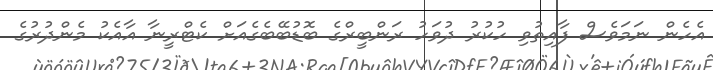
އެހެން ނަމަވެސް ފާއިތުވި ހުކުރު ދުވަހު ރަންބީރްގެ ބޮޑުބޭބެގެއަށް ކެޓްރީނާ އާއެކު މެންދުރުގެ